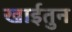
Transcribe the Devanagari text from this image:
खाईतुन